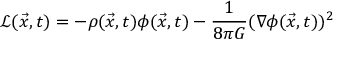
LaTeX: { \mathcal { L } } ( { \vec { x } } , t ) = - \rho ( { \vec { x } } , t ) \phi ( { \vec { x } } , t ) - { \frac { 1 } { 8 \pi G } } ( \nabla \phi ( { \vec { x } } , t ) ) ^ { 2 }